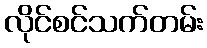
လိုင်စင်သက်တမ်း